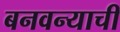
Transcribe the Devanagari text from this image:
बनवन्याची